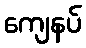
ကျေနပ်